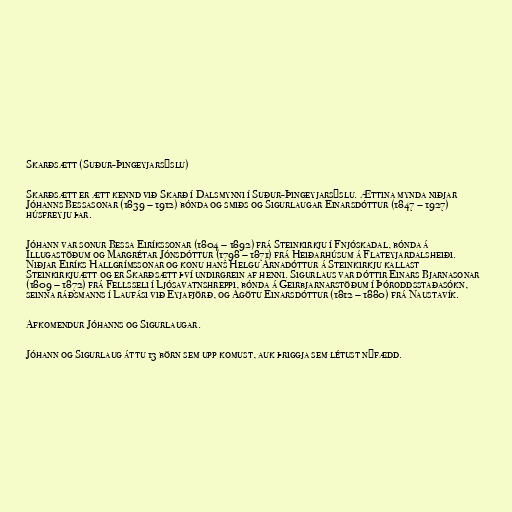
Skarðsætt (Suður-Þingeyjarsýslu)

Skarðsætt er ætt kennd við Skarð í Dalsmynni í Suður-Þingeyjarsýslu. Ættina mynda niðjar
Jóhanns Bessasonar (1839 – 1912) bónda og smiðs og Sigurlaugar Einarsdóttur (1847 – 1927)
húsfreyju þar.

Jóhann var sonur Bessa Eiríkssonar (1804 – 1892) frá Steinkirkju í Fnjóskadal, bónda á
Illugastöðum og Margrétar Jónsdóttur (1798 – 1871) frá Heiðarhúsum á Flateyjardalsheiði.
Niðjar Eiríks Hallgrímssonar og konu hans Helgu Árnadóttur á Steinkirkju kallast
Steinkirkjuætt og er Skarðsætt því undirgrein af henni. Sigurlaus var dóttir Einars Bjarnasonar
(1809 – 1872) frá Fellsseli í Ljósavatnshreppi, bónda á Geirbjarnarstöðum í Þóroddsstaðasókn,
seinna ráðsmanns í Laufási við Eyjafjörð, og Agötu Einarsdóttur (1812 – 1880) frá Naustavík.

Afkomendur Jóhanns og Sigurlaugar.

Jóhann og Sigurlaug áttu 13 börn sem upp komust, auk þriggja sem létust nýfædd.